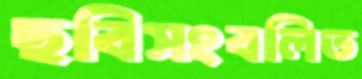
ছবিসংবলিত